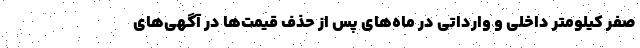
صفر کیلومتر داخلی و وارداتی در ماه‌های پس از حذف قیمت‌ها در آگهی‌های